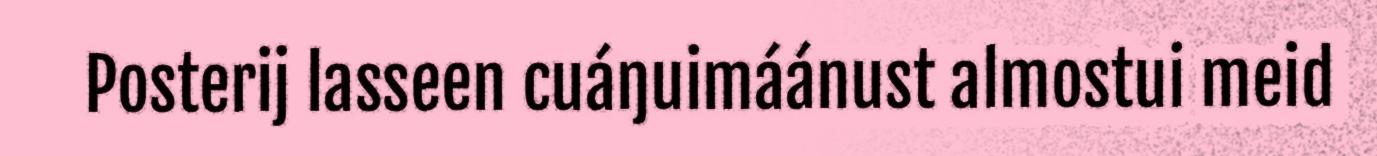
Posterij lasseen cuáŋuimáánust almostui meid